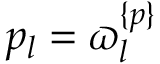
p _ { l } = \varpi _ { l } ^ { \{ p \} }